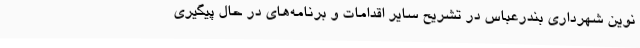
نوین شهرداری بندرعباس در تشریح سایر اقدامات و برنامه‌های در حال پیگیری